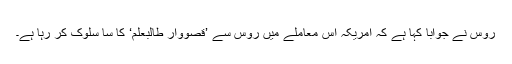
روس نے جواباً کہا ہے کہ امریکہ اس معاملے میں روس سے ’قصووار طالبعلم‘ کا سا سلوک کر رہا ہے۔